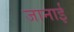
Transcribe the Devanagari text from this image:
जानाई